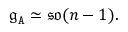
\mathfrak { g } _ { \mathtt { A } } \simeq \mathfrak { s o } ( n - 1 ) .